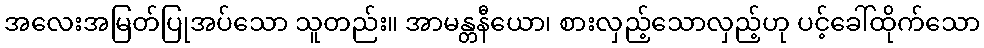
အလေးအမြတ်ပြုအပ်သော သူတည်း။ အာမန္တနီယော၊ စားလှည့်သောလှည့်ဟု ပင့်ခေါ်ထိုက်သော